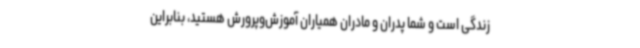
زندگی است و شما پدران و مادران همیاران آموزش‌وپرورش هستید، بنابراین